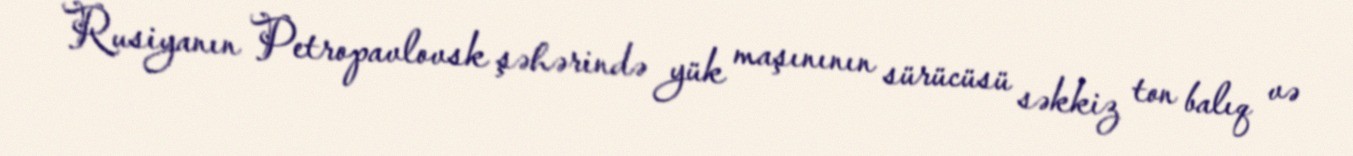
Rusiyanın Petropavlovsk şəhərində yük maşınının sürücüsü səkkiz ton balıq və